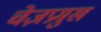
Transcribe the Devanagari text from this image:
चेज़प्रमुख